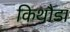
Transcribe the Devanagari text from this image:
किथौडा